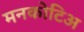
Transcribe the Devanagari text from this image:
मनकोटिअ